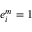
e _ { i } ^ { m } = 1